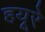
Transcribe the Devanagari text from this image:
हयूरे